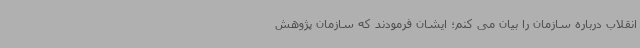
انقلاب درباره سازمان را بیان می کنم؛ ایشان فرمودند که سازمان پژوهش